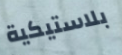
بلاستيكية